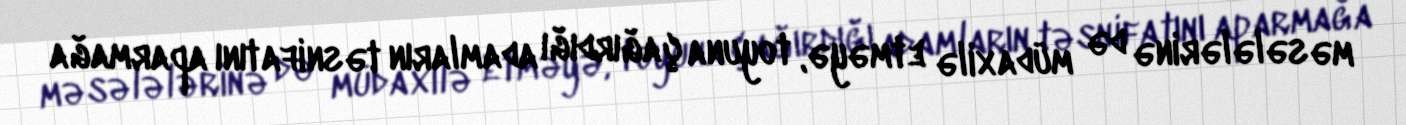
məsələlərinə də müdaxilə etməyə, toyuna çağırdığı adamların təsnifatını aparmağa